Report on horse surra - Volume II, Part I
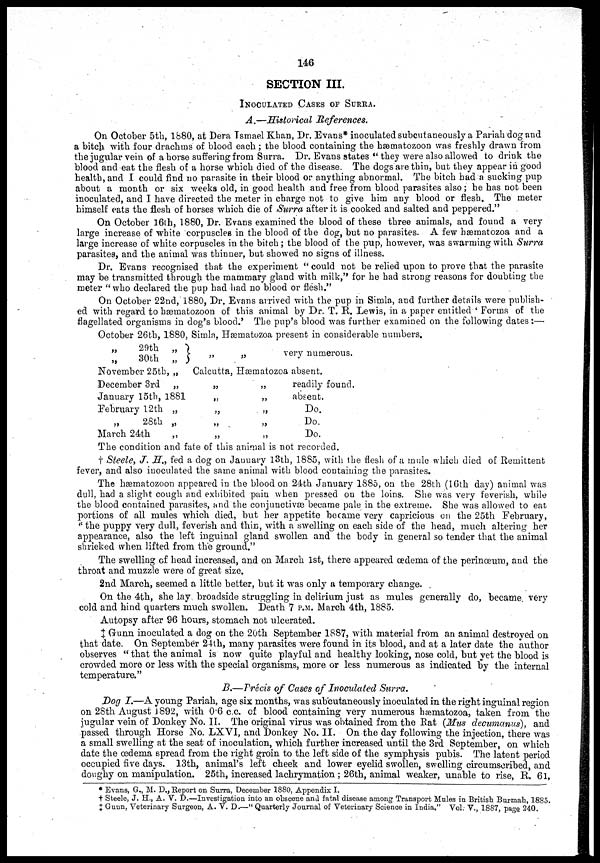
146
SECTION III.
INOCULATED CASES OF SURRA.
A.—Historical References.
On October 5th, 1880, at Dera Ismael Khan, Dr. Evans* inoculated subcutaneously a Pariah dog and
a bitch with four drachms of blood each ; the blood containing the hæmatozoon was freshly drawn from
the jugular vein of a horse suffering from Surra. Dr. Evans states " they were also allowed to drink the
blood and eat the flesh of a horse which died of the disease. The dogs are thin, but they appear in good
health, and I could find no parasite in their blood or anything abnormal. The bitch had a sucking pup
about a month or six weeks old, in good health and free from blood parasites also; he has not been
inoculated, and I have directed the meter in charge not to give him any blood or flesh. The meter
himself eats the flesh of horses which die of Surra after it is cooked and salted and peppered."
On October 16th, 1880, Dr. Evans examined the blood of these three animals, and found a very
large increase of white corpuscles in the blood of the dog, but no parasites. A few hæmatozoa and a
large increase of white corpuscles in the bitch; the blood of the pup, however, was swarming with Surra
parasites, and the animal was thinner, but showed no signs of illness.
Dr. Evans recognised that the experiment " could not be relied upon to prove that the parasite
may be transmitted through the mammary gland with milk," for he had strong reasons for doubting the
meter "who declared the pup had had no blood or flesh."
On October 22nd, 1880, Dr. Evans arrived with the pup in Simla, and further details were publish-
ed with regard to hæmatozoon of this animal by Dr. T. R. Lewis, in a paper entitled ' Forms of the
flagellated organisms in dog's blood.' The pup's blood was further examined on the following dates:—
October 26th, 1880,
„29th „ }
„30th „
November 25th, „
December 3rd „
January 15th, 1881
February 12th „
„ 28th „
March 24th
Simla, Hærnatozoa
„
Calcutta,
„
„
„
„
„
„
present in considerable numbers.
very numerous.
Hæmatozoa absent.
„
„
„
„
„
readily found.
absent.
Do.
Do.
Do.
The condition and fate of this animal is not recorded.
† Steele, J. H., fed a dog on January 13th, 1885, with the flesh of a mule which died of Remittent
fever, and also inoculated the same animal with blood containing the parasites.
The hæmatozoon appeared in the blood on 24th January 1885, on the 28th (16th day) animal was
dull, had a slight cough and exhibited pain when pressed on the loins. She was very feverish, while
the blood contained parasites, and the conjunctivæ became pale in the extreme. She was allowed to eat
portions of all mules which died, but her appetite became very capricious on the 25th February,
"the puppy very dull, feverish and thin, with a swelling on each side of the head, much altering her
appearance, also the left inguinal gland swollen and the body in general so tender that the animal
shrieked when lifted from the ground."
The swelling of head increased, and on March 1st, there appeared œdema of the perinœum, and the
throat and muzzle were of great size.
2nd March, seemed a little better, but it was only a temporary change.
On the 4th, she lay broadside struggling in delirium just as mules generally do, became very
cold and hind quarters much swollen. Death 7 P.M. March 4th, 1885.
Autopsy after 96 hours, stomach not ulcerated.
‡ Gunn inoculated a dog on the 20th September 1887, with material from an animal destroyed on
that date. On September 24th, many parasites were found in its blood, and at a later date the author
observes " that the animal is now quite playful and healthy looking, nose cold, but yet the blood is
crowded more or less with the special organisms, more or less numerous as indicated by the internal
temperature."
B.—Précis of Cases of Inoculated Surra.
Dog I.—A young Pariah, age six months, was subcutaneously inoculated in the right inguinal region
on 28th August 1892, with 0.6 c.c. of blood containing very numerous hæmatozoa, taken from the
jugular vein of Donkey No. II. The original virus was obtained from the Rat (Mus decumanus), and
passed through Horse No. LXVI, and Donkey No. II. On the day following the injection, there was
a small swelling at the seat of inoculation, which further increased until the 3rd September, on which
date the œdema spread from the right groin to the left side of the symphysis pubis. The latent period
occupied five days. 13th, animal's left cheek and lower eyelid swollen, swelling circumscribed, and
doughy on manipulation. 25th, increased lachrymation ; 26th, animal weaker, unable to rise, R. 61,
* Evans, G., M. D., Report on Surra, December 1880, Appendix I.
† Steele, J. H., A. V. D.—Investigation into an obscene and fatal disease among Transport Mules in British Burmah, 1885.
‡ Gunn, Veterinary Surgeon, A. V. D.—" Quarterly Journal of Veterinary Science in India." Vol. V., 1887, page 240.